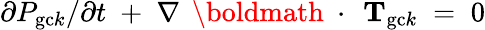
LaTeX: \partial P_{\mathrm{gc}k}/\partial t\; +\; \nabla\, \mathrm{~\boldmath~\cdot~}\, {\mathbf T}_{\mathrm{gc}k}\; =\; 0